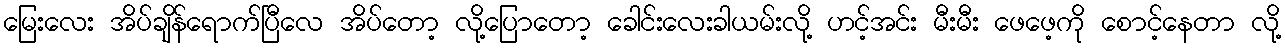
မြေးလေး အိပ်ချိန်ရောက်ပြီလေ အိပ်တော့ လို့ပြောတော့ ခေါင်းလေးခါယမ်းလို့ ဟင့်အင်း မီးမီး ဖေဖေ့ကို စောင့်နေတာ လို့